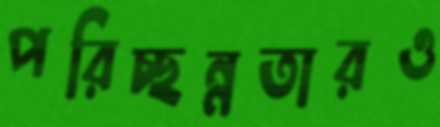
পরিচ্ছন্নতারও